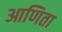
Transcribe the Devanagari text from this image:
आणिता